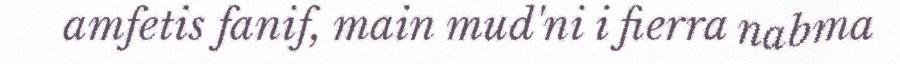
amfetis fanif, main mud'ni i fierra nabma